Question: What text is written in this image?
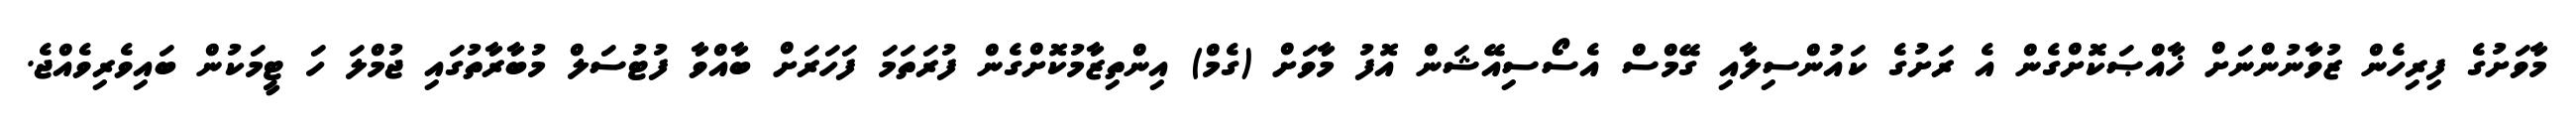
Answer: މާވަށުގެ ފިރިހެން ޒުވާނުންނަށް ޚާއްޞަކޮށްގެން އެ ރަށުގެ ކައުންސިލާއި ގޭމްސް އެސޯސިއޭޝަން އޮފު މާވަށް (ގެމް) އިންތިޒާމުކޮށްގެން ފުރަތަމަ ފަހަރަށް ބާއްވާ ފުޓުސަލް މުބާރާތުގައި ޖުމްލަ ހަ ޓީމަކުން ބައިވެރިވެއްޖެ.